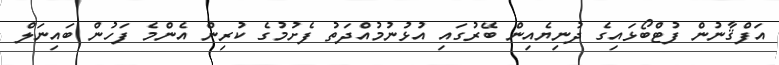
އަފްޤާނުން ފުޓްބޯޅައިގެ ދުނިޔެއިން ބޭރުގައި އުޅުނުމުއްދަތު ފެށުމުގެ ކުރިން އެންމެ ފަހުން ބައިނަލް